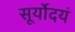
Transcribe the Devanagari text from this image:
सूर्योदयं